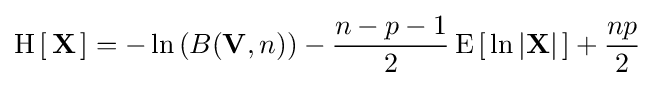
\operatorname {H} \left[\,\mathbf {X} \,\right]=-\ln \left(B(\mathbf {V} ,n)\right)-{\frac {n-p-1}{2}}\operatorname {E} \left[\,\ln \left|\mathbf {X} \right|\,\right]+{\frac {np}{2}}